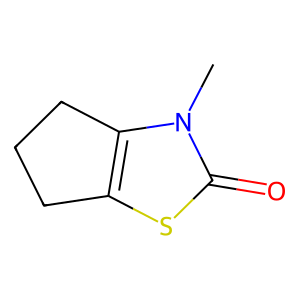
SMILES: Cn1c2c(sc1=O)CCC2
Inhibits HIV replication: No